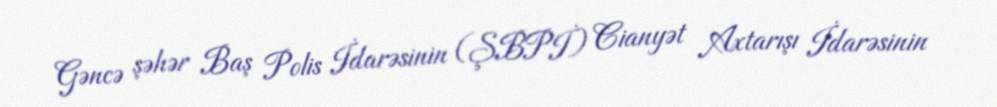
Gəncə şəhər Baş Polis İdarəsinin (ŞBPİ) Cianyət Axtarışı İdarəsinin